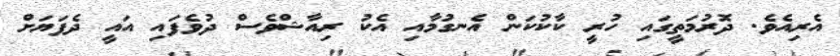
އެރިއެވެ. ދޮރުމަތީގައި ހުރީ ކާކުކަން އެނގުމާއި އެކު ރިއާޝްވެސް ދުވެފައި އައީ ދެފަޔަށް